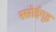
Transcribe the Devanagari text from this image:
रसोईगृह